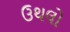
ઉથલો